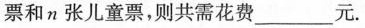
票和n张儿童票，则共需花费___元.